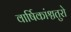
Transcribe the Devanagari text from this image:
वार्षिकांश्चतुरो